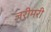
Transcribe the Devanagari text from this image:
जरीमरी